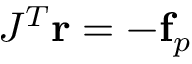
J ^ { T } \mathbf { r } = - \mathbf { f } _ { p }